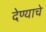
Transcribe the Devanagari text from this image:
देण्‍याचे